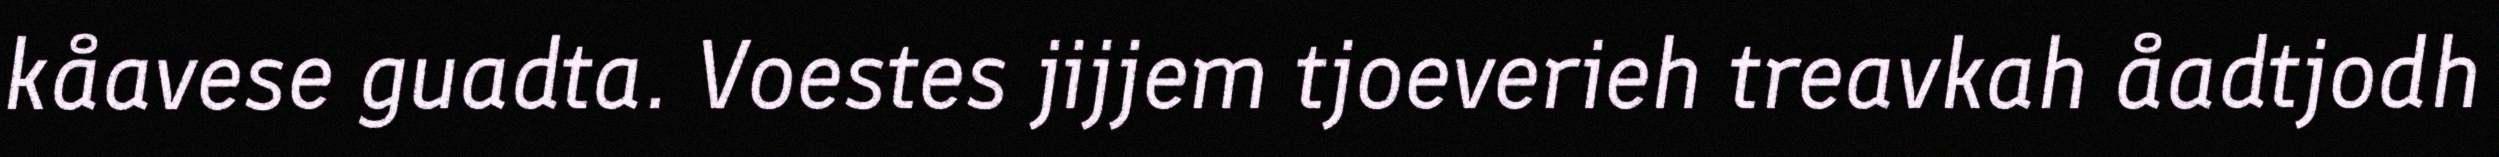
kåavese guadta. Voestes jijjem tjoeverieh treavkah åadtjodh